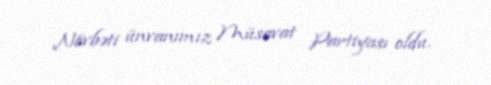
Növbəti ünvanımız Müsavat Partiyası oldu.